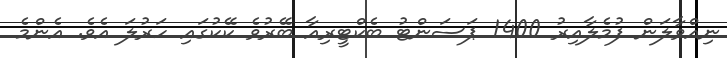
ނިއްވާލަން ފުމެލާއިރު 1400 ޕަސަންޓު ބެކްޓީރިއާ ބޭރުވެ ކޭކުގައި ހަރުލަ އެވެ. އެންމެ